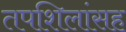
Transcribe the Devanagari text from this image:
तपशिलांसह